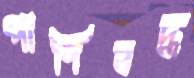
পাণিবদ্ধ